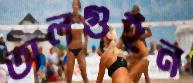
অলগুইন